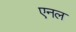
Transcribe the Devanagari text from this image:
एनल